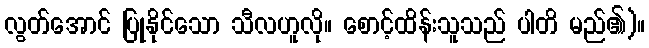
လွတ်အောင် ပြုနိုင်သော သီလဟူလို။ စောင့်ထိန်းသူသည် ပါတိ မည်၏)။